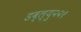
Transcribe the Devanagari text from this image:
डब्ल्यु२२१